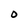
Character: O